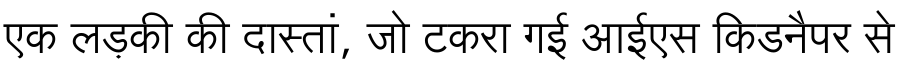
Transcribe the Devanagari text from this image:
एक लड़की की दास्तां, जो टकरा गई आईएस किडनैपर से